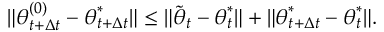
\lVert { \boldsymbol { \theta } } _ { t + \Delta t } ^ { ( 0 ) } - { \boldsymbol { \theta } } _ { t + \Delta t } ^ { * } \rVert \leq \lVert \tilde { { \boldsymbol { \theta } } } _ { t } - { \boldsymbol { \theta } } _ { t } ^ { * } \rVert + \lVert { \boldsymbol { \theta } } _ { t + \Delta t } ^ { * } - { \boldsymbol { \theta } } _ { t } ^ { * } \rVert .